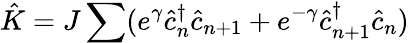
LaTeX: \hat{K}=J\sum(e^{\gamma}\hat{c}_{n}^{\dagger}\hat{c}_{n+1}+e^{-\gamma}\hat{c}_{n+1}^{\dagger}\hat{c}_{n})